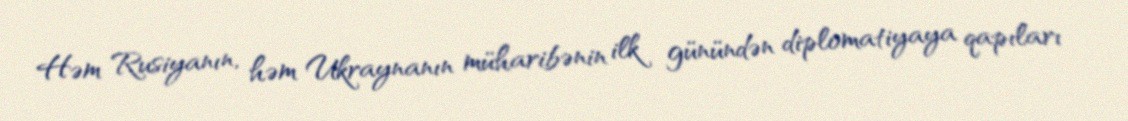
Həm Rusiyanın, həm Ukraynanın müharibənin ilk günündən diplomatiyaya qapıları